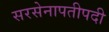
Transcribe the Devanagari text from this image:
सरसेनापतीपदी